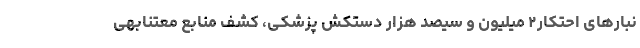
نبارهای احتکار۲ میلیون و سیصد هزار دستکش پزشکی، کشف منابع معتنابهی